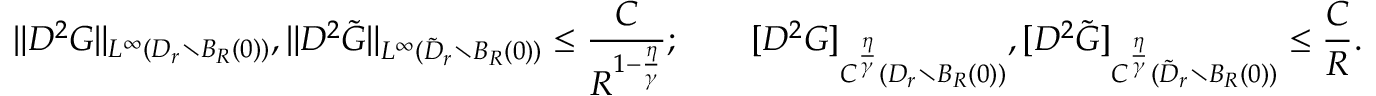
\| D ^ { 2 } G \| _ { L ^ { \infty } ( D _ { r } \setminus B _ { R } ( 0 ) ) } , \| D ^ { 2 } \tilde { G } \| _ { L ^ { \infty } ( \tilde { D } _ { r } \setminus B _ { R } ( 0 ) ) } \le \frac { C } { R ^ { 1 - \frac { \eta } { \gamma } } } ; \qquad [ D ^ { 2 } G ] _ { C ^ { \frac { \eta } { \gamma } } ( D _ { r } \setminus B _ { R } ( 0 ) ) } , [ D ^ { 2 } \tilde { G } ] _ { C ^ { \frac { \eta } { \gamma } } ( \tilde { D } _ { r } \setminus B _ { R } ( 0 ) ) } \le \frac { C } { R } .